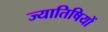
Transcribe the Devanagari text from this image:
ज्यातिषियों